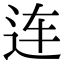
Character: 连